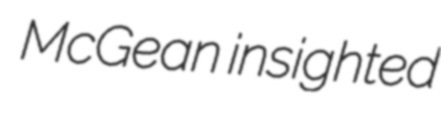
McGean insighted